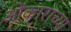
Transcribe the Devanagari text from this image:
ओंकाराच्या